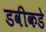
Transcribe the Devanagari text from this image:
डवीकडे